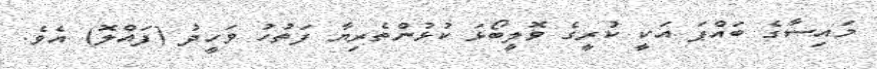
މައިސާގެ ބައްޕަ އަކީ ކުރީގެ ވޮލީބޯޅަ ކުޅުންތެރިޔާ ފަތުހު ވަހީދު (ފައްލޮ) އެވެ.